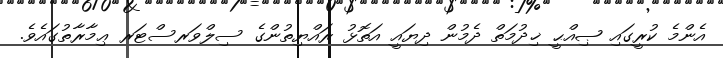
އެންމެ ކުރީގައި ޞިއްޙީ ޚިދުމަތް ދެމުން ދިޔައީ އަތޮޅު ރައްޔިތުންގެ ސިލްވަރސްޓަރ ޢިމާރާތުގައެވެ.